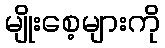
မျိုးစေ့များကို